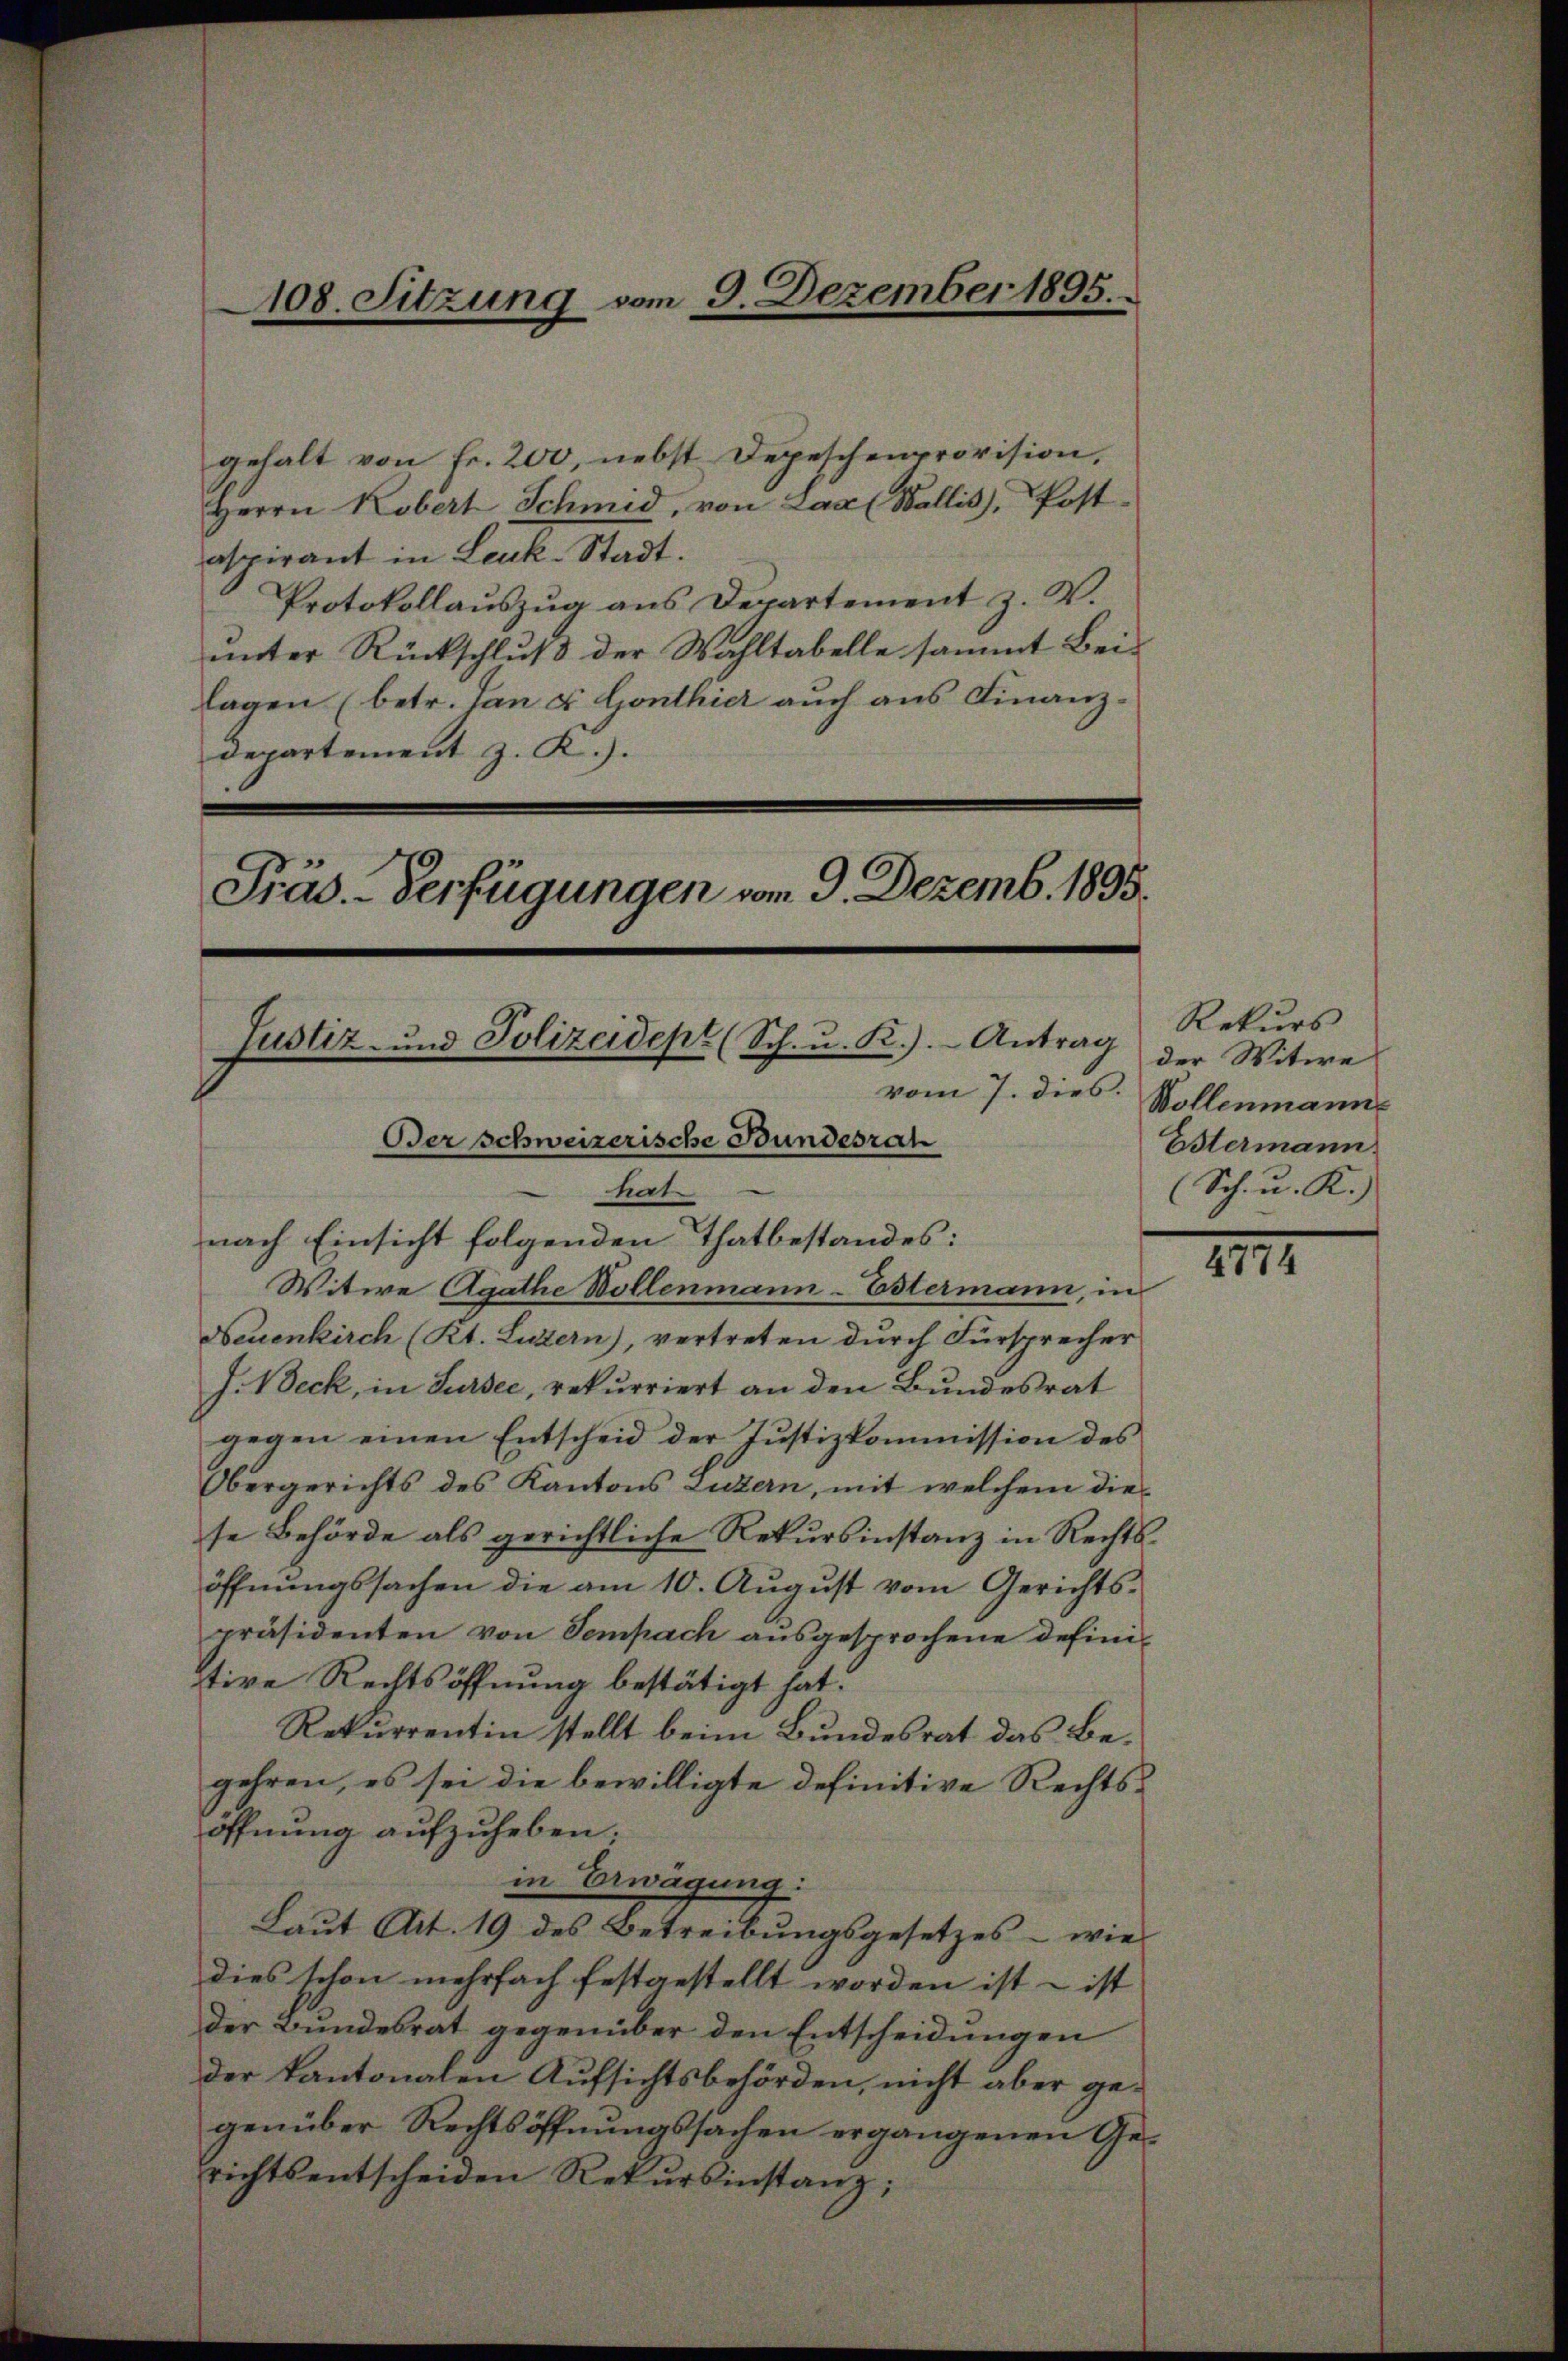
108. Sitzung vom 9. Dezember 1895.

gehalt von Fr. 200, nebst Depeschenprovision,
Herrn Kobert Schmid, von Laa (Wallis), Postaspirant in Leuk-Stadt.
Protokollauszug aus Departement z. B.
unter Rückschluß der Wahltabelle sammt Beilagen (betr. Jan u. Gonthier auch aus Finanzdepartement z. K.).
Präs.-Verfügungen vom 9. Dezemb. 1895.

Justiz- und Polizeidept (Sch. u. R.). Antrag
vom 7. dies.
Der schweizerische Bundesrat
tiat
nach Einsicht folgenden Thatbestandes:

Witwe Agathe Wollenmann-Estermann, in
Neuenkirch (Rt. Luzern), vertreten durch Fürsprecher
J. Beck, in Sursee, rekurriert an den Bundesrat
gegen einen Entscheid der Justizkommission des
Obergerichts des Kantons Luzern, mit welchem diese Behörde als gerichtliche Rekursinstanz in Rechtsöffnŭngssachen die am 10. Aŭgŭst vom Gerichts-
präsidenten von Sempach ausgesprochene Definitive Rechtsöffnung bestätigt hat.
Rekurrentin stellt beim Bundesrat das Begehren, es sei die bewilligte definitive Rechtsöffnung aufzuheben;
in Erwägung:
Laŭt Art. 19 des Betreibŭngsgesetzes - wie
dies schon mehrfach festgestellt worden ist – ist
der Bundesrat gegenüber den Entscheidungen
der kantonalen Aufsichtsbehörden, nicht aber gegenüber Rechtsöffnungssachen ergangenen Gerichts entscheiden Rekŭrsinstanz;

Rekurs
der Witwe
Wollenmann
Estermann.
(Sch. u. K.)

4774